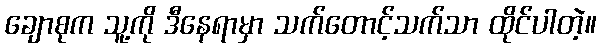
ချောစုက သူ့ကို ဒီနေရာမှာ သက်တောင့်သက်သာ ထိုင်ပါတဲ့။